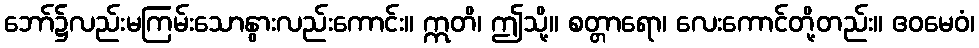
ဘော်၌လည်းမကြမ်းသောနွားလည်းကောင်း။ ဣတိ၊ ဤသို့။ စတ္တာရော၊ လေးကောင်တို့တည်း။ ဧဝမေဝံ၊